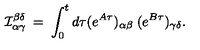
{ \cal I } _ { \alpha \gamma } ^ { \beta \delta } \: = \: \int _ { 0 } ^ { t } d \tau ( e ^ { A \tau } ) _ { \alpha \beta } \: ( e ^ { B \tau } ) _ { \gamma \delta } .